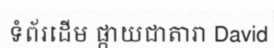
ទំព័រដើម ផ្កាយជាតារា David